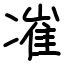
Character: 凗